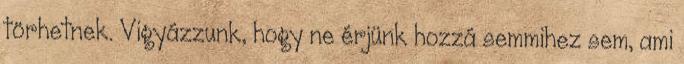
törhetnek. Vigyázzunk, hogy ne érjünk hozzá semmihez sem, ami